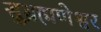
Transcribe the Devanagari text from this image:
सुब्रह्मणेश्वर